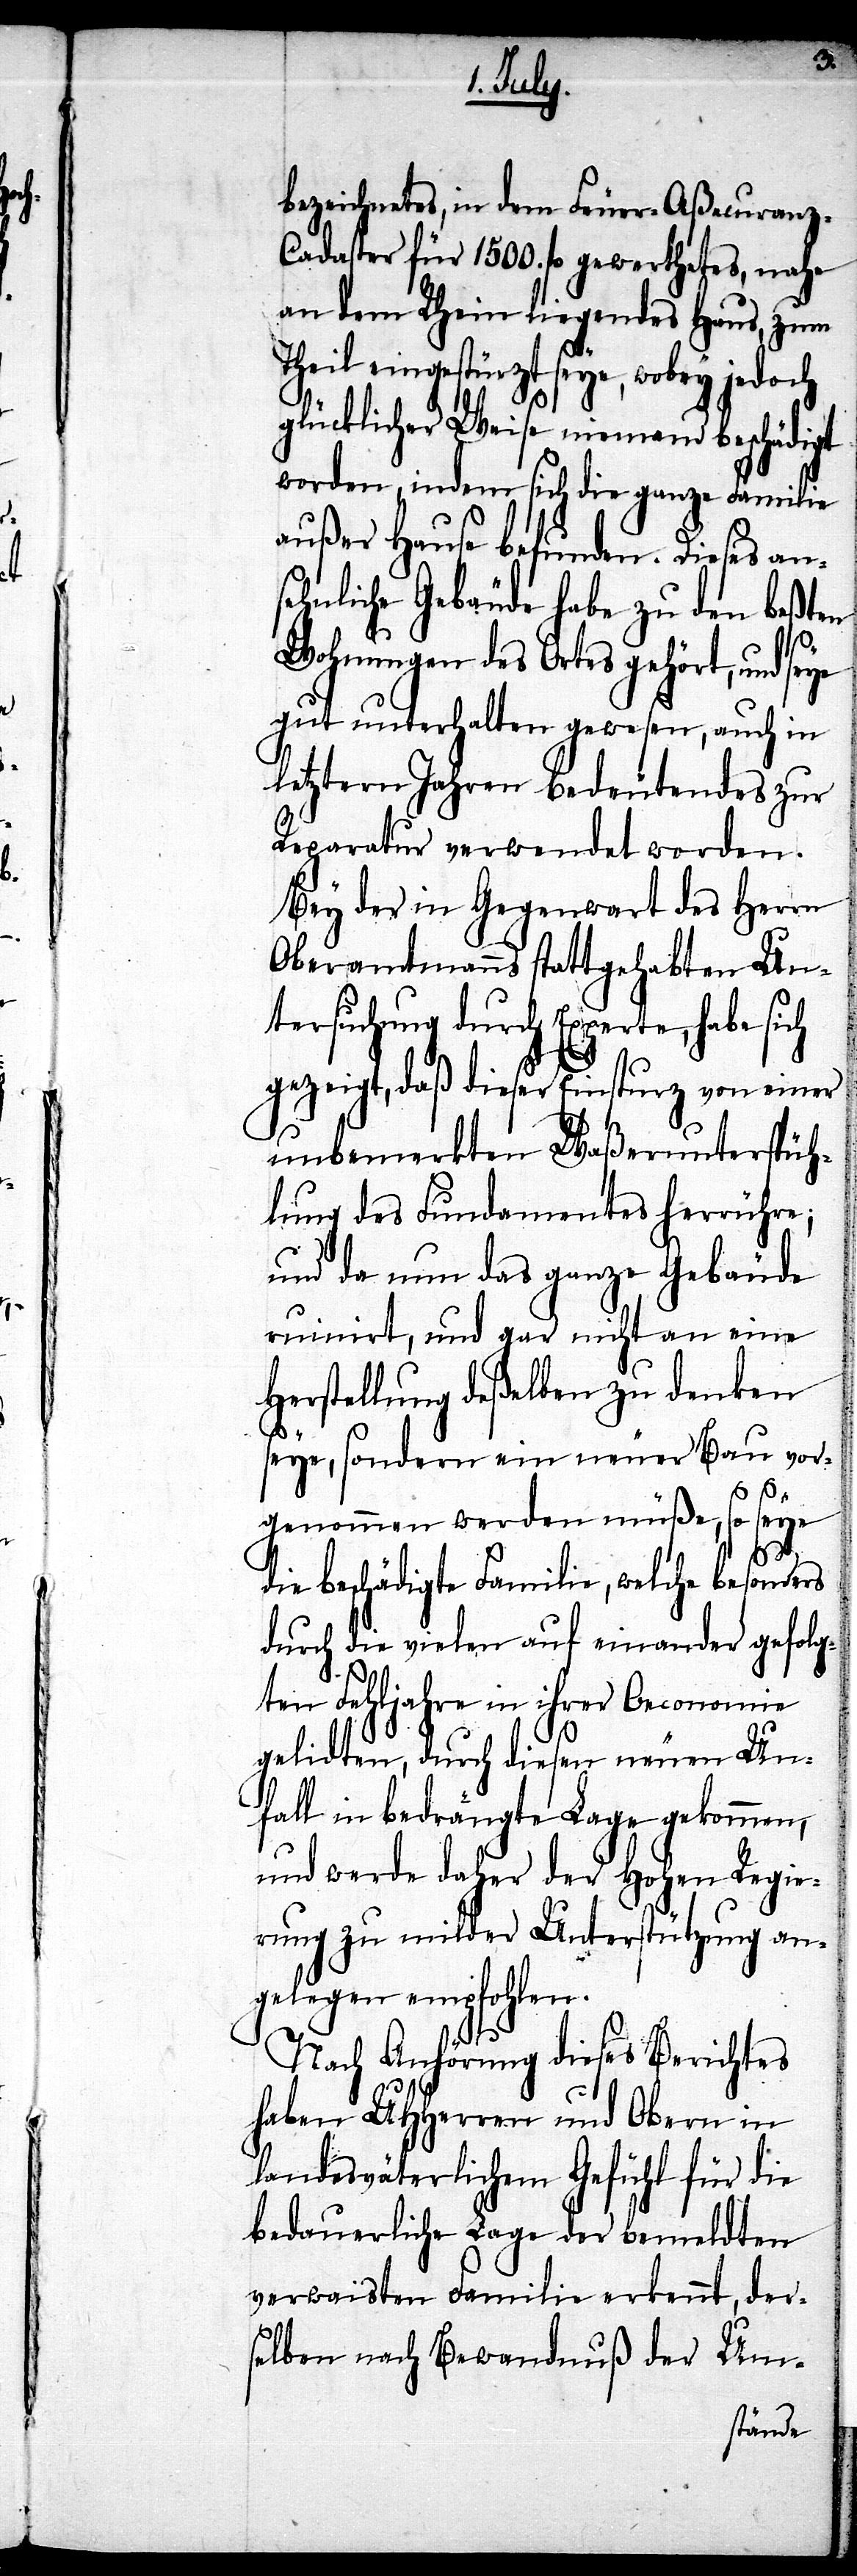
bezeichnetes, in dem Feuer-Aßecuranz-C¬
adaster für 1500. fl. gewerthetes, nahe
an dem Rhein liegendes Haus, zum
Theil eingestürzt seye, wobey jedoch
glücklicher Weise niemand beschädigt
worden, indem sich die ganze Familie
außer Hause befunden. Dieses an¬
sehnliche Gebäude habe zu den beßten
Wohnungen des Ortes gehört, und se¬
gut unterhalten gewesen, auch in
letztern Jahren bedeutendes zur
Reparatur verwendet worden.
Bey der in Gegenwart des Herrn
Oberamtmanns stattgehabten Un¬
tersuchung durch Experte, habe sich
gezeigt, daß dieser Einsturz von einer
unbemerkten Waßerunterspüh¬
lung des Fundamentes herrühre;
und da nun das ganze Gebäude
ruinirt, und gar nicht an eine
Herstellung deßelben zu denken
seye, sondern ein neuer Bau vor¬
genommen werden müße, so seye
die beschädigte Familie, welche besonders
durch die vielen auf einander gefolg¬
ten Fehljahre in ihrer Oeconomie
gelidten, durch dieser neuen Un¬
fall in bedrängte Lage gekommen,
und werde daher der Hohen Regie¬
rung zu milder Unterstützung an¬
gelegen empfohlen.
ye
Nach Anhörung dieses Berichtes
haben UHHerren und Obern in
landesväterlichem Gefühl für die
bedauerliche Lage der bemeldten
verwaisten Familie erkennt, der¬
selben nach Bewandnuß der Um-